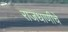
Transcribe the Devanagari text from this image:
राजधाणीचे